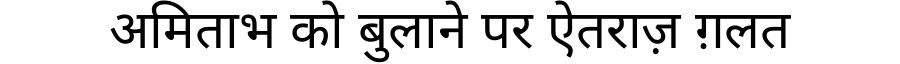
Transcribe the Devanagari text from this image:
अमिताभ को बुलाने पर ऐतराज़ ग़लत